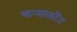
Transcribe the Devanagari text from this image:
कन्सलटेंट